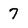
Character: 7